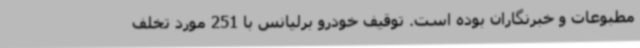
مطبوعات و خبرنگاران بوده است. توقیف خودرو برلیانس با 251 مورد تخلف